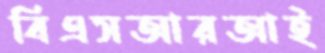
বিএসআরআই